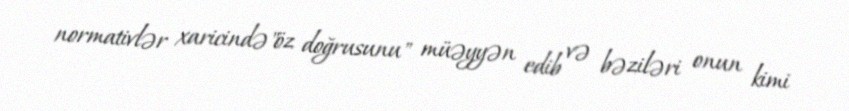
normativlər xaricində"öz doğrusunu" müəyyən edib və bəziləri onun kimi